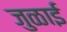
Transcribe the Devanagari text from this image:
जुळाई